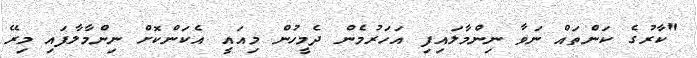
"ކާރުގެ ކަންތައް ނަވާ ނިންމާލައިފި އަހަރުމެން ދެމީހުން މިއައީ އެކަންކޮށް ނިންމާލާފައި މިރޭ